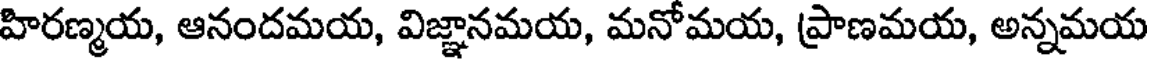
హిరణ్మయ, ఆనందమయ, విజ్ఞానమయ, మనోమయ, ప్రాణమయ, అన్నమయ